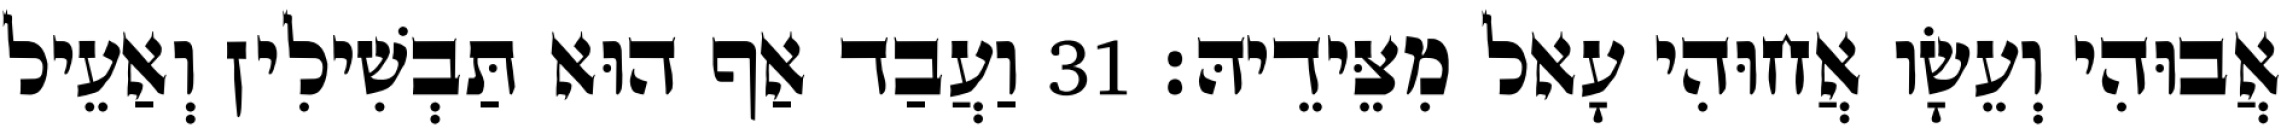
אֲבוּהִי וְעֵשָׂו אֲחוּהִי עָאל מִצֵּידֵיהּ׃ 31 וַעֲבַד אַף הוּא תַּבְשִׁילִין וְאַעֵיל